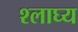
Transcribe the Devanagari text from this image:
श्लाघ्य